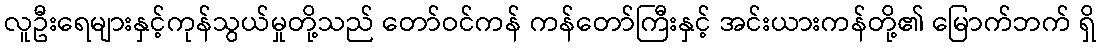
လူဦးရေများနှင့်ကုန်သွယ်မှုတို့သည် တော်ဝင်ကန် ကန်တော်ကြီးနှင့် အင်းယားကန်တို့၏ မြောက်ဘက် ရှိ